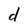
Character: d